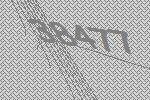
38477